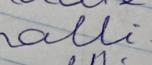
Signature authenticity: forged